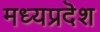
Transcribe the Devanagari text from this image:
मध्यप्रदॆश